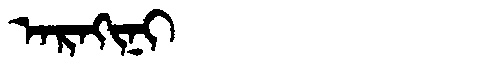
Manchu: ᠠᡵᠠᡴᡳᠨᡳ
Romanization: ARAKINI